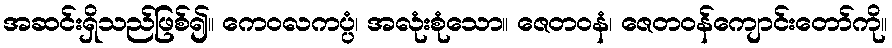
အဆင်းရှိသည်ဖြစ်၍။ ကေဝလကပ္ပံ၊ အလုံးစုံသော။ ဇေတဝနံ၊ ဇေတဝန်ကျောင်းတော်ကို။